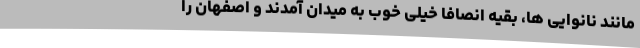
مانند نانوایی ها، بقیه انصافا خیلی خوب به میدان آمدند و اصفهان را